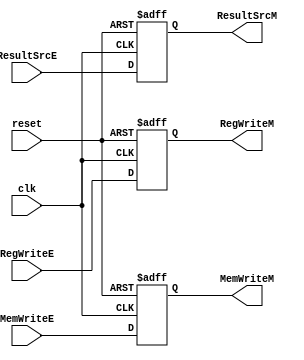
/*
	Name: Control Unit Pipeline Register between Instruction Execution and Memory Access Stage
*/


module C_EX_MEM (clk, reset, RegWriteE, MemWriteE, ResultSrcE, RegWriteM, MemWriteM, ResultSrcM);
                input  clk;
                input reset;
                input  RegWriteE;
                input MemWriteE;
                input  [1:0] ResultSrcE; 
                output  reg RegWriteM, MemWriteM;
                output  reg [1:0] ResultSrcM;


/*we're passing RegWrite(used while writing back to the register),
 MemWrite(it should reach memory stage),
 ResultSrc signal (to decide what value we are writing back to the register) */
    always @( posedge clk, posedge reset ) begin
        if (reset) begin
            RegWriteM <= 0;
            MemWriteM <= 0;
            ResultSrcM <= 0;
        end
        else begin
            RegWriteM <= RegWriteE;
            MemWriteM <= MemWriteE;
            ResultSrcM <= ResultSrcE; 
        end
        
    end

endmodule